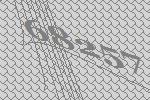
68257